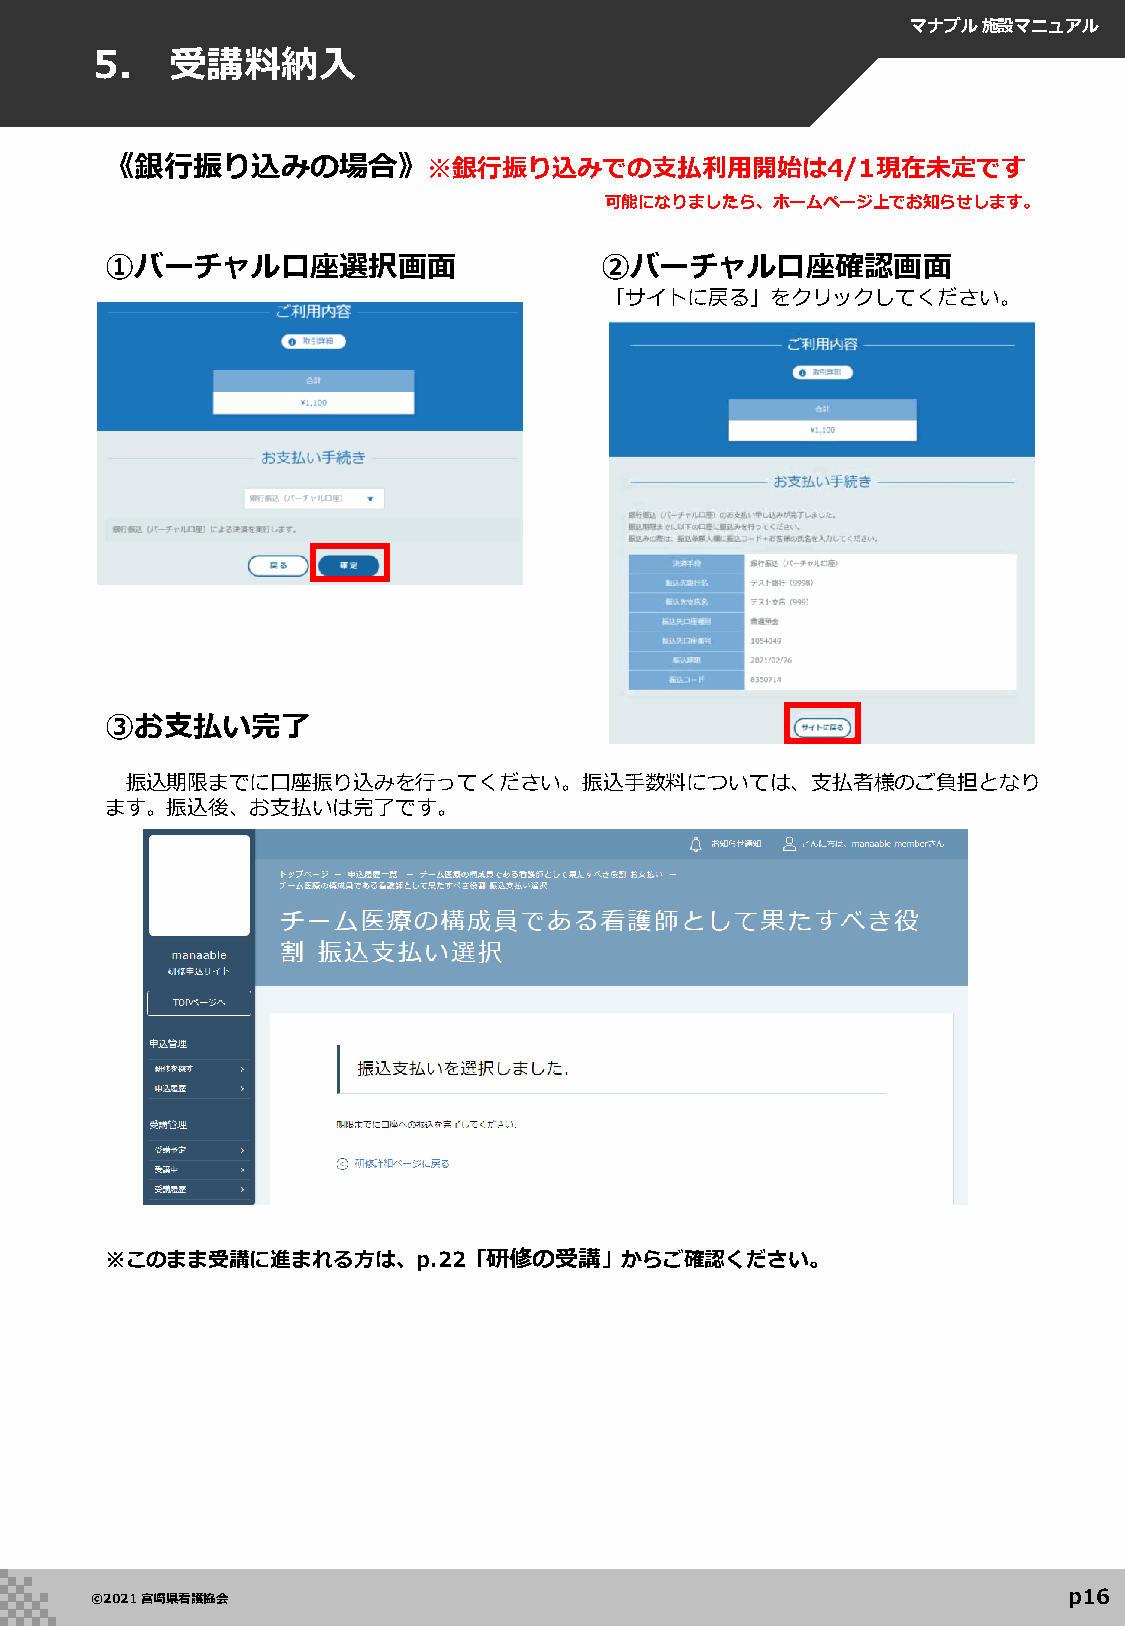
マナブル施設マニュアル
 5.   受講料納入
 《銀行振り込みの場合》※銀行振り込みでの支払利用開始は4/1現在未定です
 可能になりましたら、ホームページ上でお知らせします。
 ①バーチャル口座選択画面                     ②バーチャル口座確認画面
 「サイトに戻る」をクリックしてください。
 ③お支払い完了
 振込期限までに口座振り込みを行ってください。振込手数料については、支払者様のご負担となり
 ます。振込後、お支払いは完了です。
 ※このまま受講に進まれる方は、p.22「研修の受講」からご確認ください。
 p16
 ©2021 宮崎県看護協会